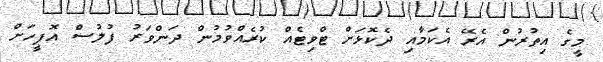
މީގެ އިތުރުން އެރޭ އެކަމާއި ދެކޮޅަށް ޓްވިޓެއް ކުރެއްވުމުން ދަންވަރު ފުލުސް އޮފީހަށް